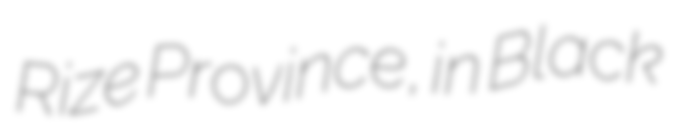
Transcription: Rize Province, in Black